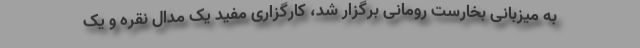
به میزبانی بخارست رومانی برگزار شد، کارگزاری مفید یک مدال نقره و یک